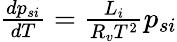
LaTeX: \begin{array}{r}{{\frac{dp_{si}}{dT}}=\frac{L_{i}}{R_{v}T^{2}}p_{si}}\end{array}